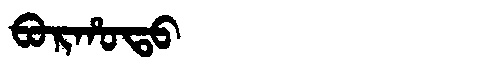
Manchu: ᠪᠣᡵᡥᠣᡨᠣ
Romanization: BORHOTO